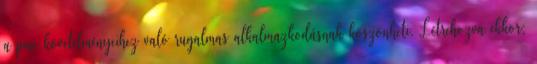
a piac követelményeihez való rugalmas alkalmazkodásnak köszönheti. Létrehozva ekkor: